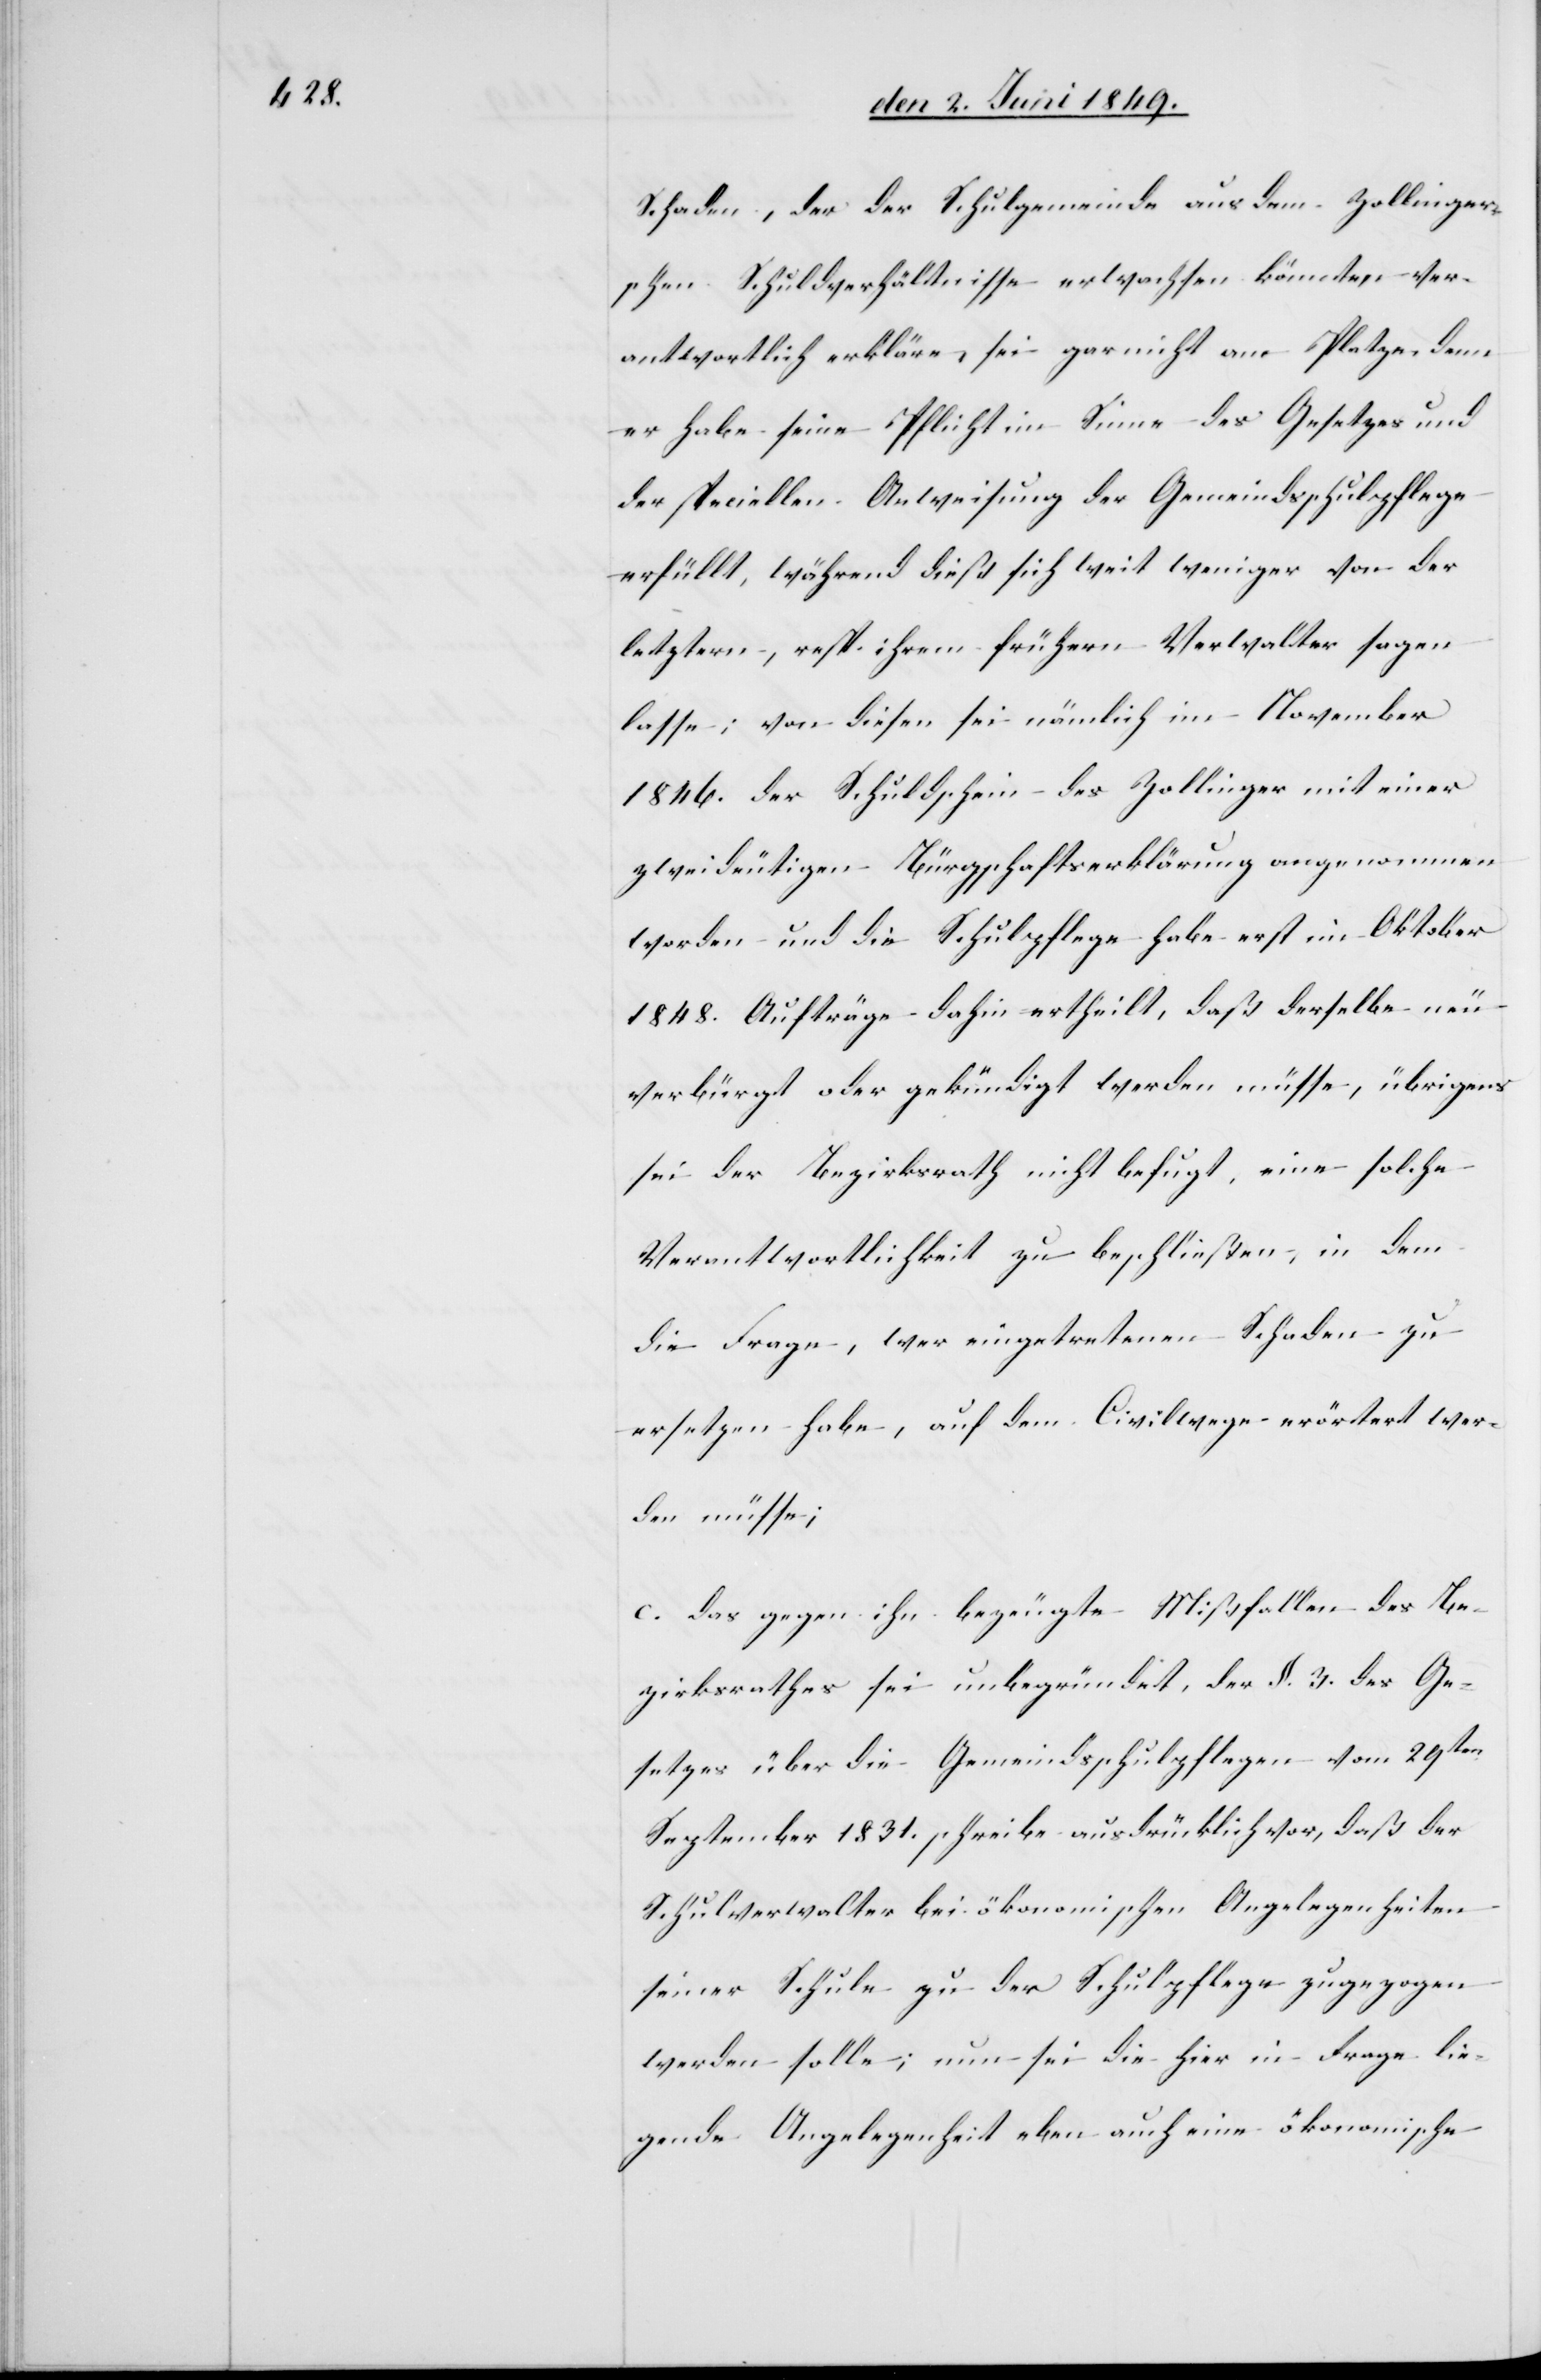
Schaden, der der Schulgemeinde aus dem Zollinger¬
schen Schuldverhältnisse erwachsen könnten ver¬
antwortlich erkläre, sei gar nicht am Platze, denn
er habe seine Pflicht im Sinne des Gesetzes und
der speciellen Anweisung der Gemeindsschulpflege
erfüllt, während dieß sich weit weniger von der
letztern, resp. ihrem frühern Verwalter sagen
lasse; von diesen sei nämlich im November
1846. der Schuldschein des Zollinger mit einer
zweideutigen Bürgschaftserklärung angenommen
worden und die Schulpflege habe erst im Oktober
1848. Aufträge dahin ertheilt, daß derselbe neu
verbürgt oder gekündigt werden müsse, übrigens
sei der Bezirksrath nicht befugt, eine solche
Verantwortlichkeit zu beschließen, in dem
die Frage, wer eingetretenen Schaden zu
ersetzen habe, auf dem Civilwege erörtert wer¬
den müsse;
c. das gegen ihn bezeugte Mißfallen des Be¬
zirksrathes sei unbegründet, der §. 3. des Ge¬
setzes über die Gemeindsschulpflegen vom 29ten
September 1831. schreibe ausdrücklich vor, daß der
Schulverwalter bei ökonomischen Angelegenheiten
seiner Schule zu der Schulpflege zugezogen
werden solle, nun sei die hier in Frage lie¬
gende Angelegenheit eben auch eine ökonomische